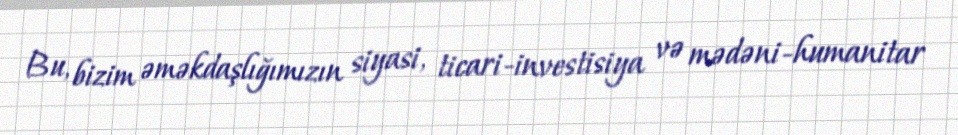
Bu, bizim əməkdaşlığımızın siyasi, ticari-investisiya və mədəni-humanitar